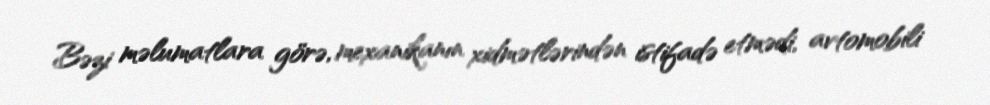
Bəzi məlumatlara görə, mexanikanın xidmətlərindən istifadə etmədi, avtomobili